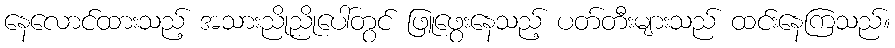
နေလောင်ထားသည့် အသားညိုညိုပေါ်တွင် ဖြူဖွေးနေသည့် ပတ်တီးများသည် ထင်းနေကြသည်။